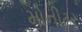
મોનીટર